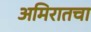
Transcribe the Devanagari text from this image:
अमिरातचा